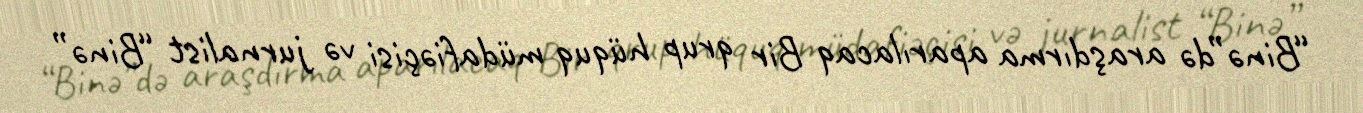
“Binə”də araşdırma aparılacaq Bir qrup hüquq müdafiəçisi və jurnalist “Binə”